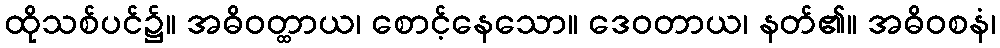
ထိုသစ်ပင်၌။ အဓိဝတ္ထာယ၊ စောင့်နေသော။ ဒေဝတာယ၊ နတ်၏။ အဓိဝစနံ၊